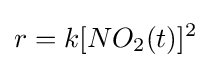
r=k[NO_{2}(t)]^{2}